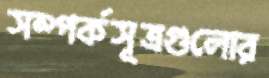
সম্পর্কসূত্রগুলোর